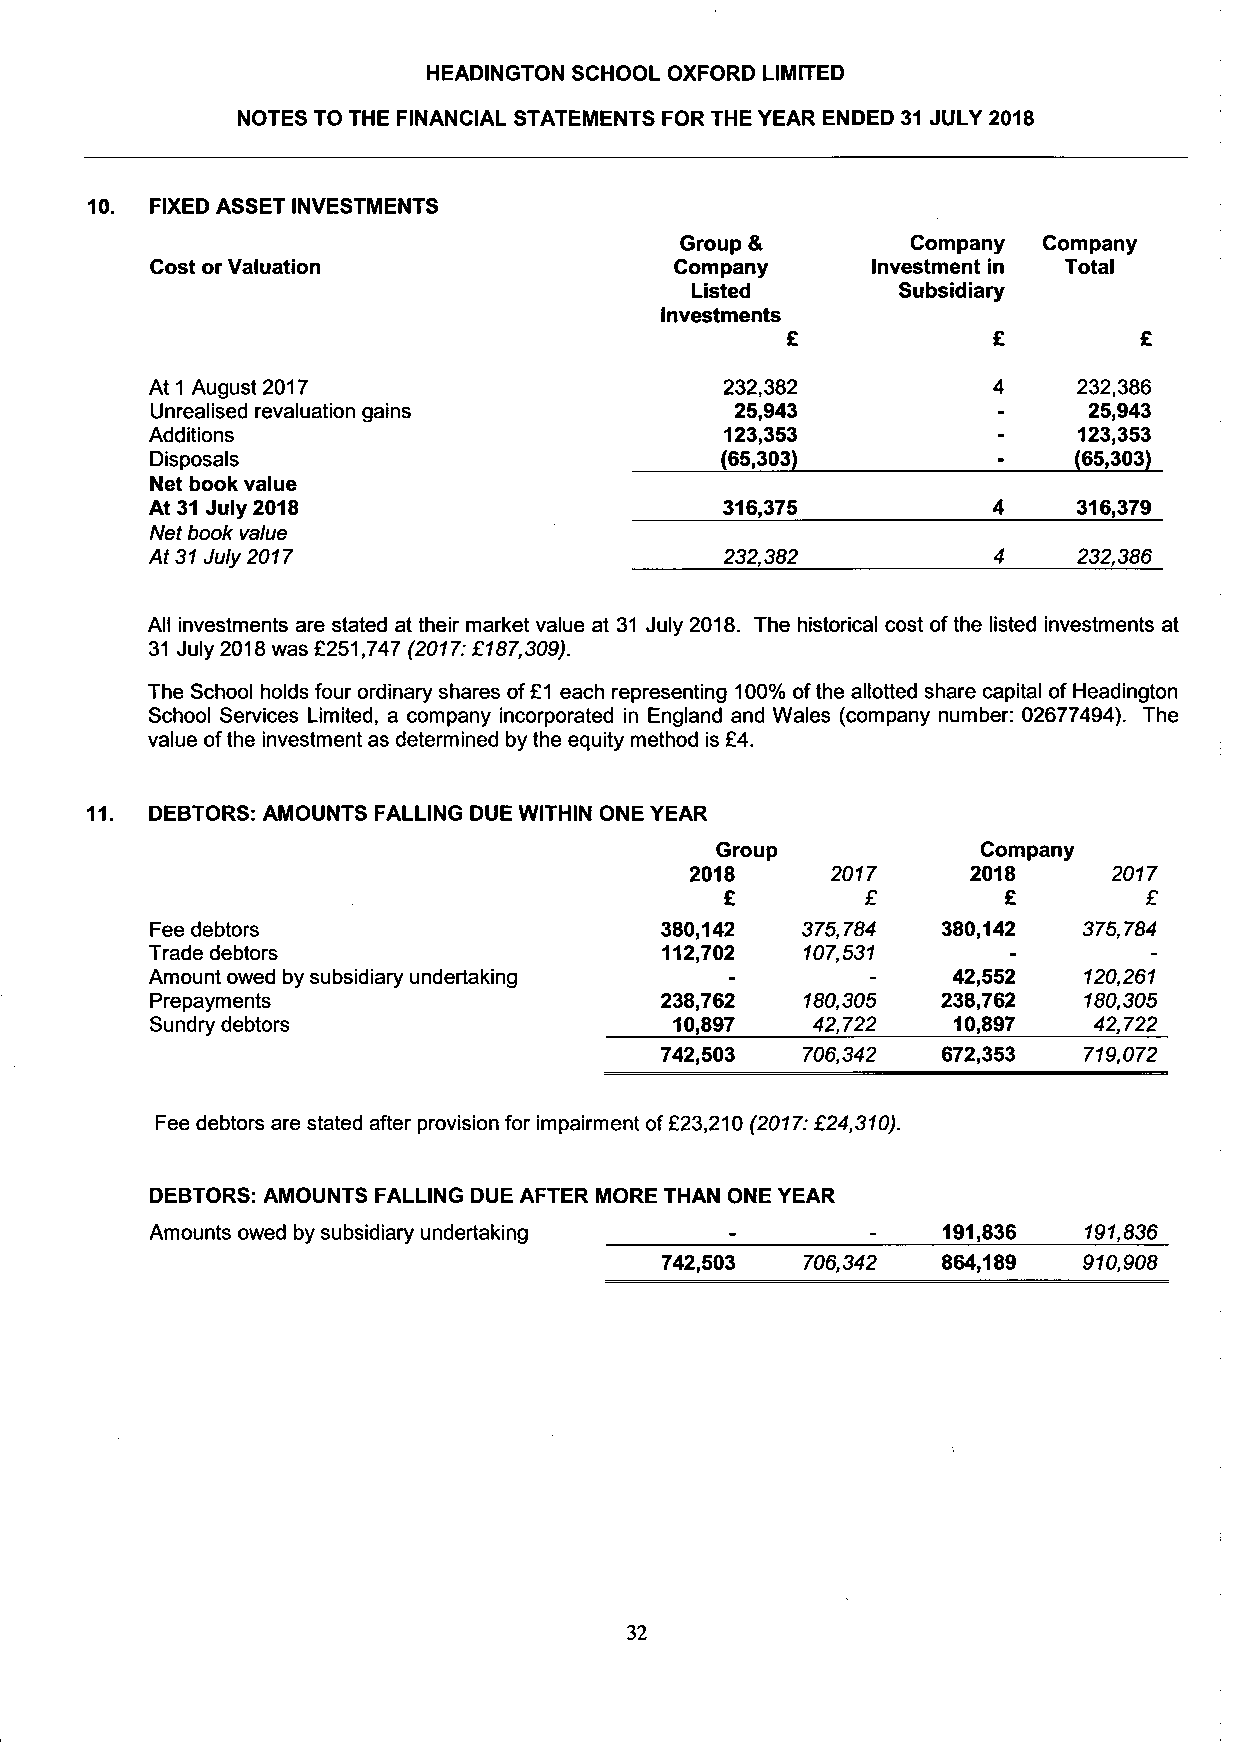
HEADINGTON SCHOOL OXFORD LIMITED
 NOTES TO THE FINANCIAL STATEMENTS FOR THE YEAR ENDED 31 JULY 2018
 10. FIXED ASSET INVESTMENTS
 Group &        Company  Company
 Cost or Valuation                  Company      Investment in Total
 Listed       Subsidiary
 Investments
 £             £        £
 At 1 August 2017                      232,382           4    232,386
 Unrealised revaluation gains           25,943           -     25,943
 Additions                             123,353           -    123,353
 Disposals                             (65,303)          -    (65,303)
 Net book value
 At 31 July 2018                       316,375           4    316,379
 Net book value
 At 31 July 2017                       232,382           4    232,386
 All investments are stated at their market value at 31 July 2018. The historical cost of the listed investments at
 31 July 2018 was £251,747 (2017: £187,309).
 The School holds four ordinary shares of £1 each representing 100% ofthe allotted share capital of Headington
 School Services Limited, a company incorporated in England and Wales (company number: 02677494). The
 value of the investment as determined by the equity method is £4.
 11. DEBTORS: AMOUNTS FALLING DUE WITHIN ONE YEAR
 Group             Company
 2018     2017     2018      2017
 £        £        £         £
 Fee debtors                       380,142  375,784  380,142   375,784
 Trade debtors                     112,702  107,531
 Amount owed by subsidiary undertaking                42,552   120,261
 Prepayments                       238,762  180,305  238,762   180,305
 Sundry debtors                     10,897   42,722   10,897   42,722
 742,503  706,342  672,353   719,072
 Fee debtors are stated after provision for impairment of £23,210 (2017: £24,310).
 DEBTORS: AMOUNTS FALLING DUE AFTER MORE THAN ONE YEAR
 Amounts owed by subsidiary undertaking          -   191,836   191,836
 742,503  706,342  864,189   910,908
 32